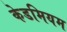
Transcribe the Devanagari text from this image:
केडमियम